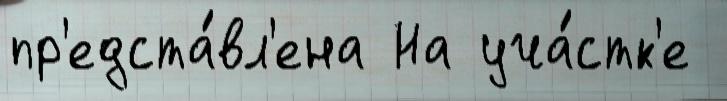
пр'едста́вл'ена На уча́стк'е